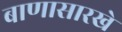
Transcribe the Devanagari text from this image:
बाणासारखे